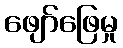
ဖျော်ဖြေမှု